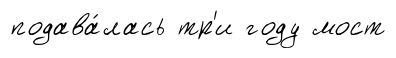
подава́лась тр'и году мост